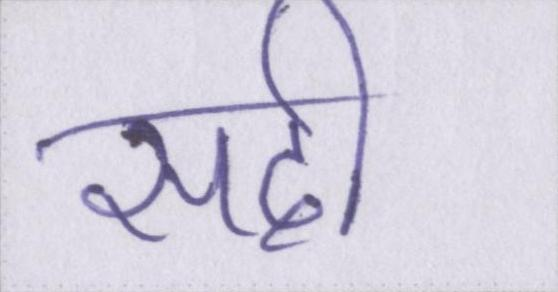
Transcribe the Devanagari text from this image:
सदी